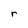
Character: r